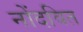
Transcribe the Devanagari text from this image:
नोंदवित